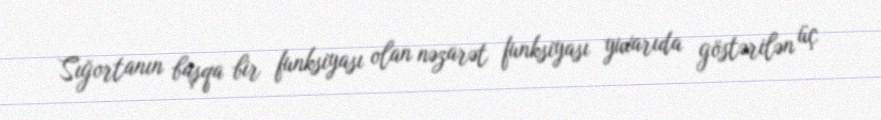
Sığortanın başqa bir funksiyası olan nəzarət funksiyası yuxarıda göstərilən üç